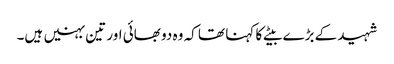
شہید کے بڑے بیٹے کا کہنا تھا کہ وہ دو بھائی اور تین بہنیں ہیں۔